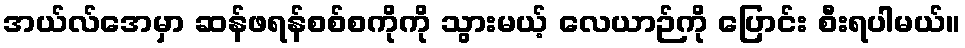
အယ်လ်အေမှာ ဆန်ဖရန်စစ်စကိုကို သွားမယ့် လေယာဉ်ကို ပြောင်း စီးရပါမယ်။